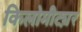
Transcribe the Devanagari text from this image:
किलोमीट्य़र